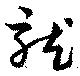
就